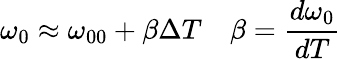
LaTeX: \omega_{0}\approx\omega_{00}+\beta\Delta T\quad\beta=\frac{d\omega_{0}}{dT}